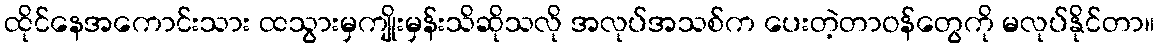
ထိုင်နေအကောင်းသား ထသွားမှကျိုးမှန်းသိဆိုသလို အလုပ်အသစ်က ပေးတဲ့တာဝန်တွေကို မလုပ်နိုင်တာ။